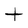
Character: t